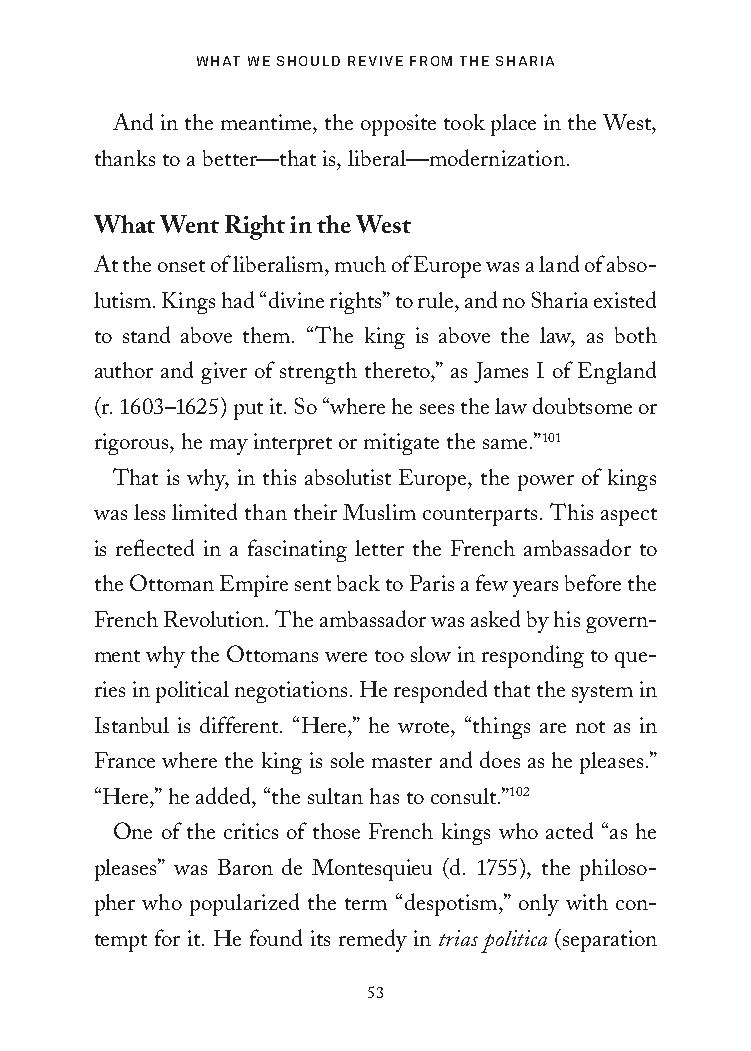
What We Should Revive fRom the ShaRia
 And in the meantime, the opposite took place in the West,
 thanks to a better—that is, liberal—modernization.
 What Went Right in the West
 At the onset of liberalism, much of Europe was a land of abso-
 lutism. Kings had “divine rights” to rule, and no Sharia existed
 to stand above them. “The king is above the law, as both
 author and giver of strength thereto,” as James I of England
 (r. 1603–1625) put it. So “where he sees the law doubtsome or
 rigorous, he may interpret or mitigate the same.”101
 That is why, in this absolutist Europe, the power of kings
 was less limited than their Muslim counterparts. This aspect
 is reflected in a fascinating letter the French ambassador to
 the Ottoman Empire sent back to Paris a few years before the
 French Revolution. The ambassador was asked by his govern-
 ment why the Ottomans were too slow in responding to que-
 ries in political negotiations. He responded that the system in
 Istanbul is different. “Here,” he wrote, “things are not as in
 France where the king is sole master and does as he pleases.”
 “Here,” he added, “the sultan has to consult.”102
 One of the critics of those French kings who acted “as he
 pleases” was Baron de Montesquieu (d. 1755), the philoso-
 pher who popularized the term “despotism,” only with con-
 tempt for it. He found its remedy in trias politica (separation
 53
 25320_Ch03.indd 53                       6/25/21 4:57 AM